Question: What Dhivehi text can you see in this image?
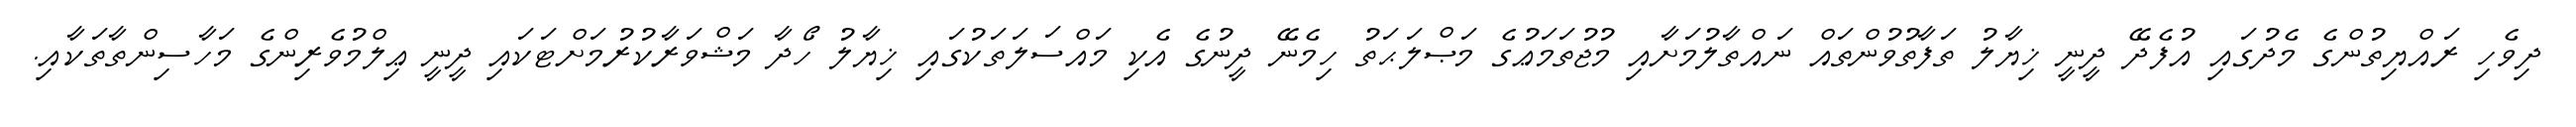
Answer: ދިވެހި ރައްޔިތުންގެ މެދުގައި އުފެދޭ ދީނީ ޚިޔާލު ތަފާތުވުންތައް ނައްތާލުމަށާއި މުޖުތަމަޢުގެ މަޞްލަޙަތު ހިމެނޭ ދީނުގެ އެކި މައްސަލަތަކުގައި ޚިޔާލު ހޯދާ މަޝްވަރާކުރުމަށްޓަކައި ދީނީ ޢިލްމުވެރިންގެ މަހާސިންތާތަކާއި.